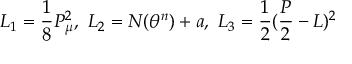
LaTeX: { \cal L } _ { 1 } = \frac { 1 } { 8 } P _ { \mu } ^ { 2 } , \mathrm { ~ } { \cal L } _ { 2 } = N ( \theta ^ { n } ) + a , \mathrm { ~ } { \cal L } _ { 3 } = \frac { 1 } { 2 } ( \frac { P } { 2 } - L ) ^ { 2 }